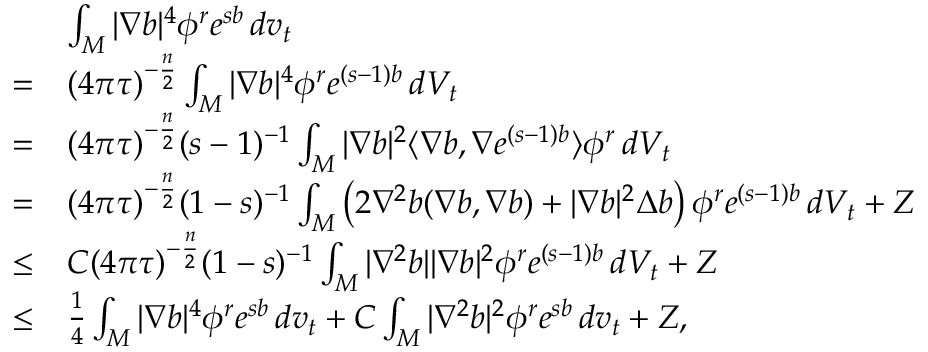
\begin{array} { r l } & { \int _ { M } | \nabla b | ^ { 4 } \phi ^ { r } e ^ { s b } \, d v _ { t } } \\ { = } & { ( 4 \pi \tau ) ^ { - \frac n 2 } \int _ { M } | \nabla b | ^ { 4 } \phi ^ { r } e ^ { ( s - 1 ) b } \, d V _ { t } } \\ { = } & { ( 4 \pi \tau ) ^ { - \frac n 2 } ( s - 1 ) ^ { - 1 } \int _ { M } | \nabla b | ^ { 2 } \langle \nabla b , \nabla e ^ { ( s - 1 ) b } \rangle \phi ^ { r } \, d V _ { t } } \\ { = } & { ( 4 \pi \tau ) ^ { - \frac n 2 } ( 1 - s ) ^ { - 1 } \int _ { M } \left( 2 \nabla ^ { 2 } b ( \nabla b , \nabla b ) + | \nabla b | ^ { 2 } \Delta b \right) \phi ^ { r } e ^ { ( s - 1 ) b } \, d V _ { t } + Z } \\ { \le } & { C ( 4 \pi \tau ) ^ { - \frac n 2 } ( 1 - s ) ^ { - 1 } \int _ { M } | \nabla ^ { 2 } b | | \nabla b | ^ { 2 } \phi ^ { r } e ^ { ( s - 1 ) b } \, d V _ { t } + Z } \\ { \le } & { \frac { 1 } { 4 } \int _ { M } | \nabla b | ^ { 4 } \phi ^ { r } e ^ { s b } \, d v _ { t } + C \int _ { M } | \nabla ^ { 2 } b | ^ { 2 } \phi ^ { r } e ^ { s b } \, d v _ { t } + Z , } \end{array}